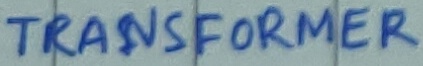
Text: TRANSFORMER